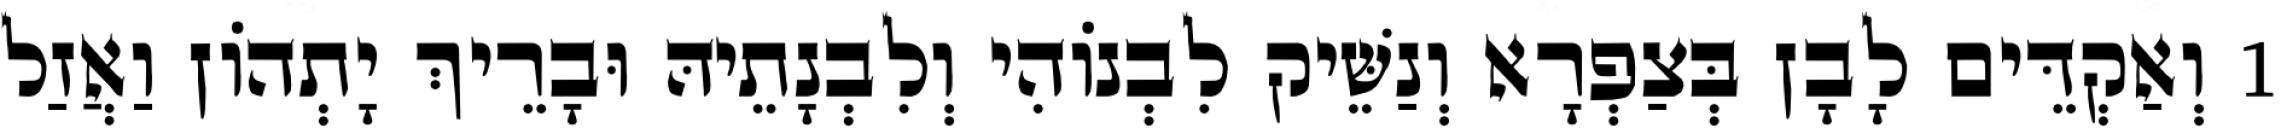
1 וְאַקְדֵּים לָבָן בְּצַפְרָא וְנַשֵּׁיק לִבְנוֹהִי וְלִבְנָתֵיהּ וּבָרֵיךְ יָתְהוֹן וַאֲזַל